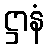
ဋ္ဌာနံ